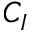
C _ { I }